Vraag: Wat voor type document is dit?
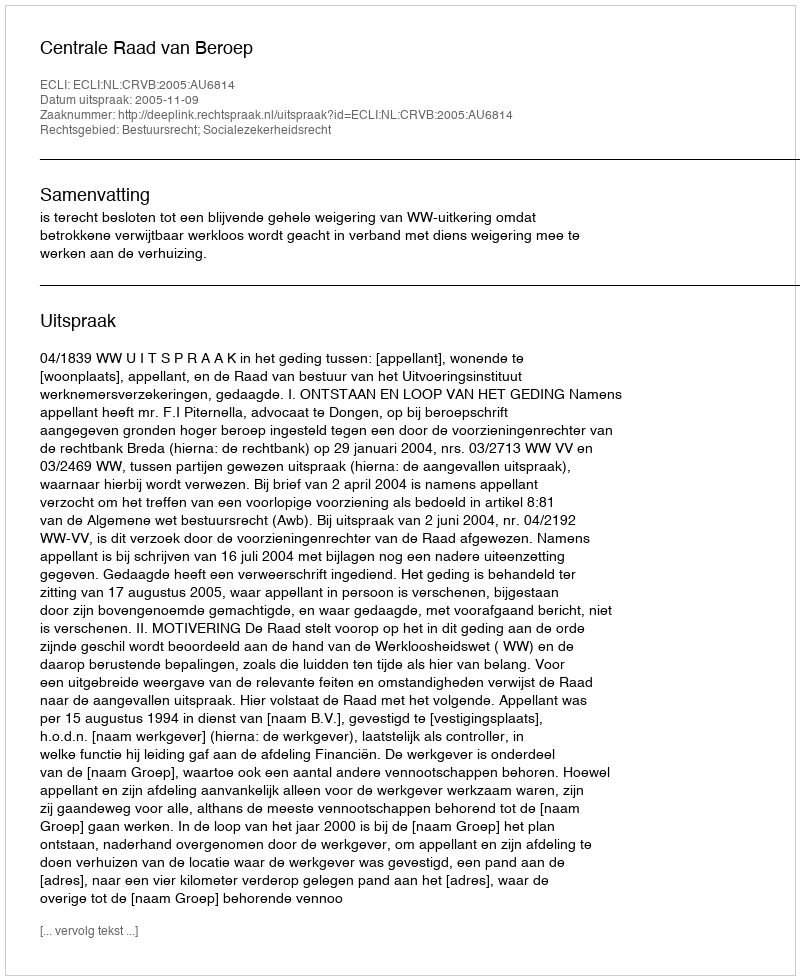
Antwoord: Uitspraak